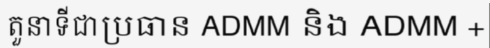
តួនាទីជាប្រធាន ADMM និង ADMM +